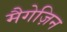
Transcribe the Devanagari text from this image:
मैगेज़िन